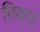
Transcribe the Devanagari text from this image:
गिरहन